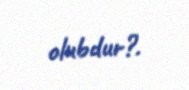
olubdur?.